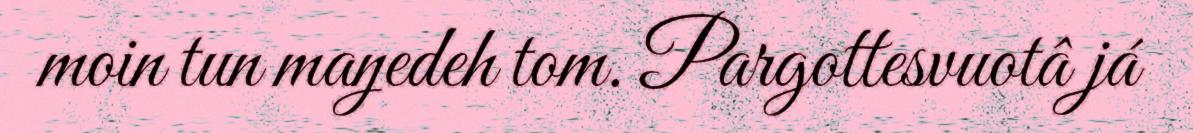
moin tun maŋedeh tom. Pargottesvuotâ já